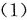
(1)